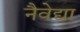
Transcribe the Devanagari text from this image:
नैवेद्या